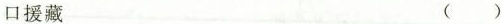
口援藏 ( )